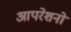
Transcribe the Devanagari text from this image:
आपरेशनो